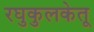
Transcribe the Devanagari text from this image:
रघुकुलकेतू